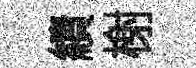
績榭